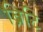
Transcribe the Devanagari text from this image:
ब्रिटि